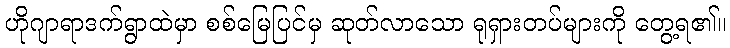
ဟိုဂျာရာဒက်ရွာထဲမှာ စစ်မြေပြင်မှ ဆုတ်လာသော ရုရှားတပ်များကို တွေ့ရ၏။